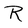
Character: R